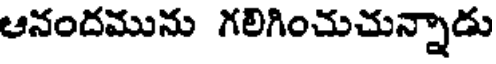
ఆనందమును గలిగించుచున్నాడు